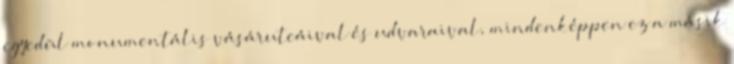
egyedül monumentális vásárutcáival és udvaraival, mindenképpen ez a másik